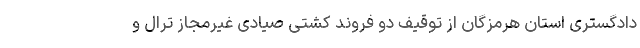
دادگستری استان هرمزگان از توقیف دو فروند کشتی صیادی غیرمجاز ترال و